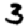
Digit: 3